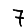
Digit: 7